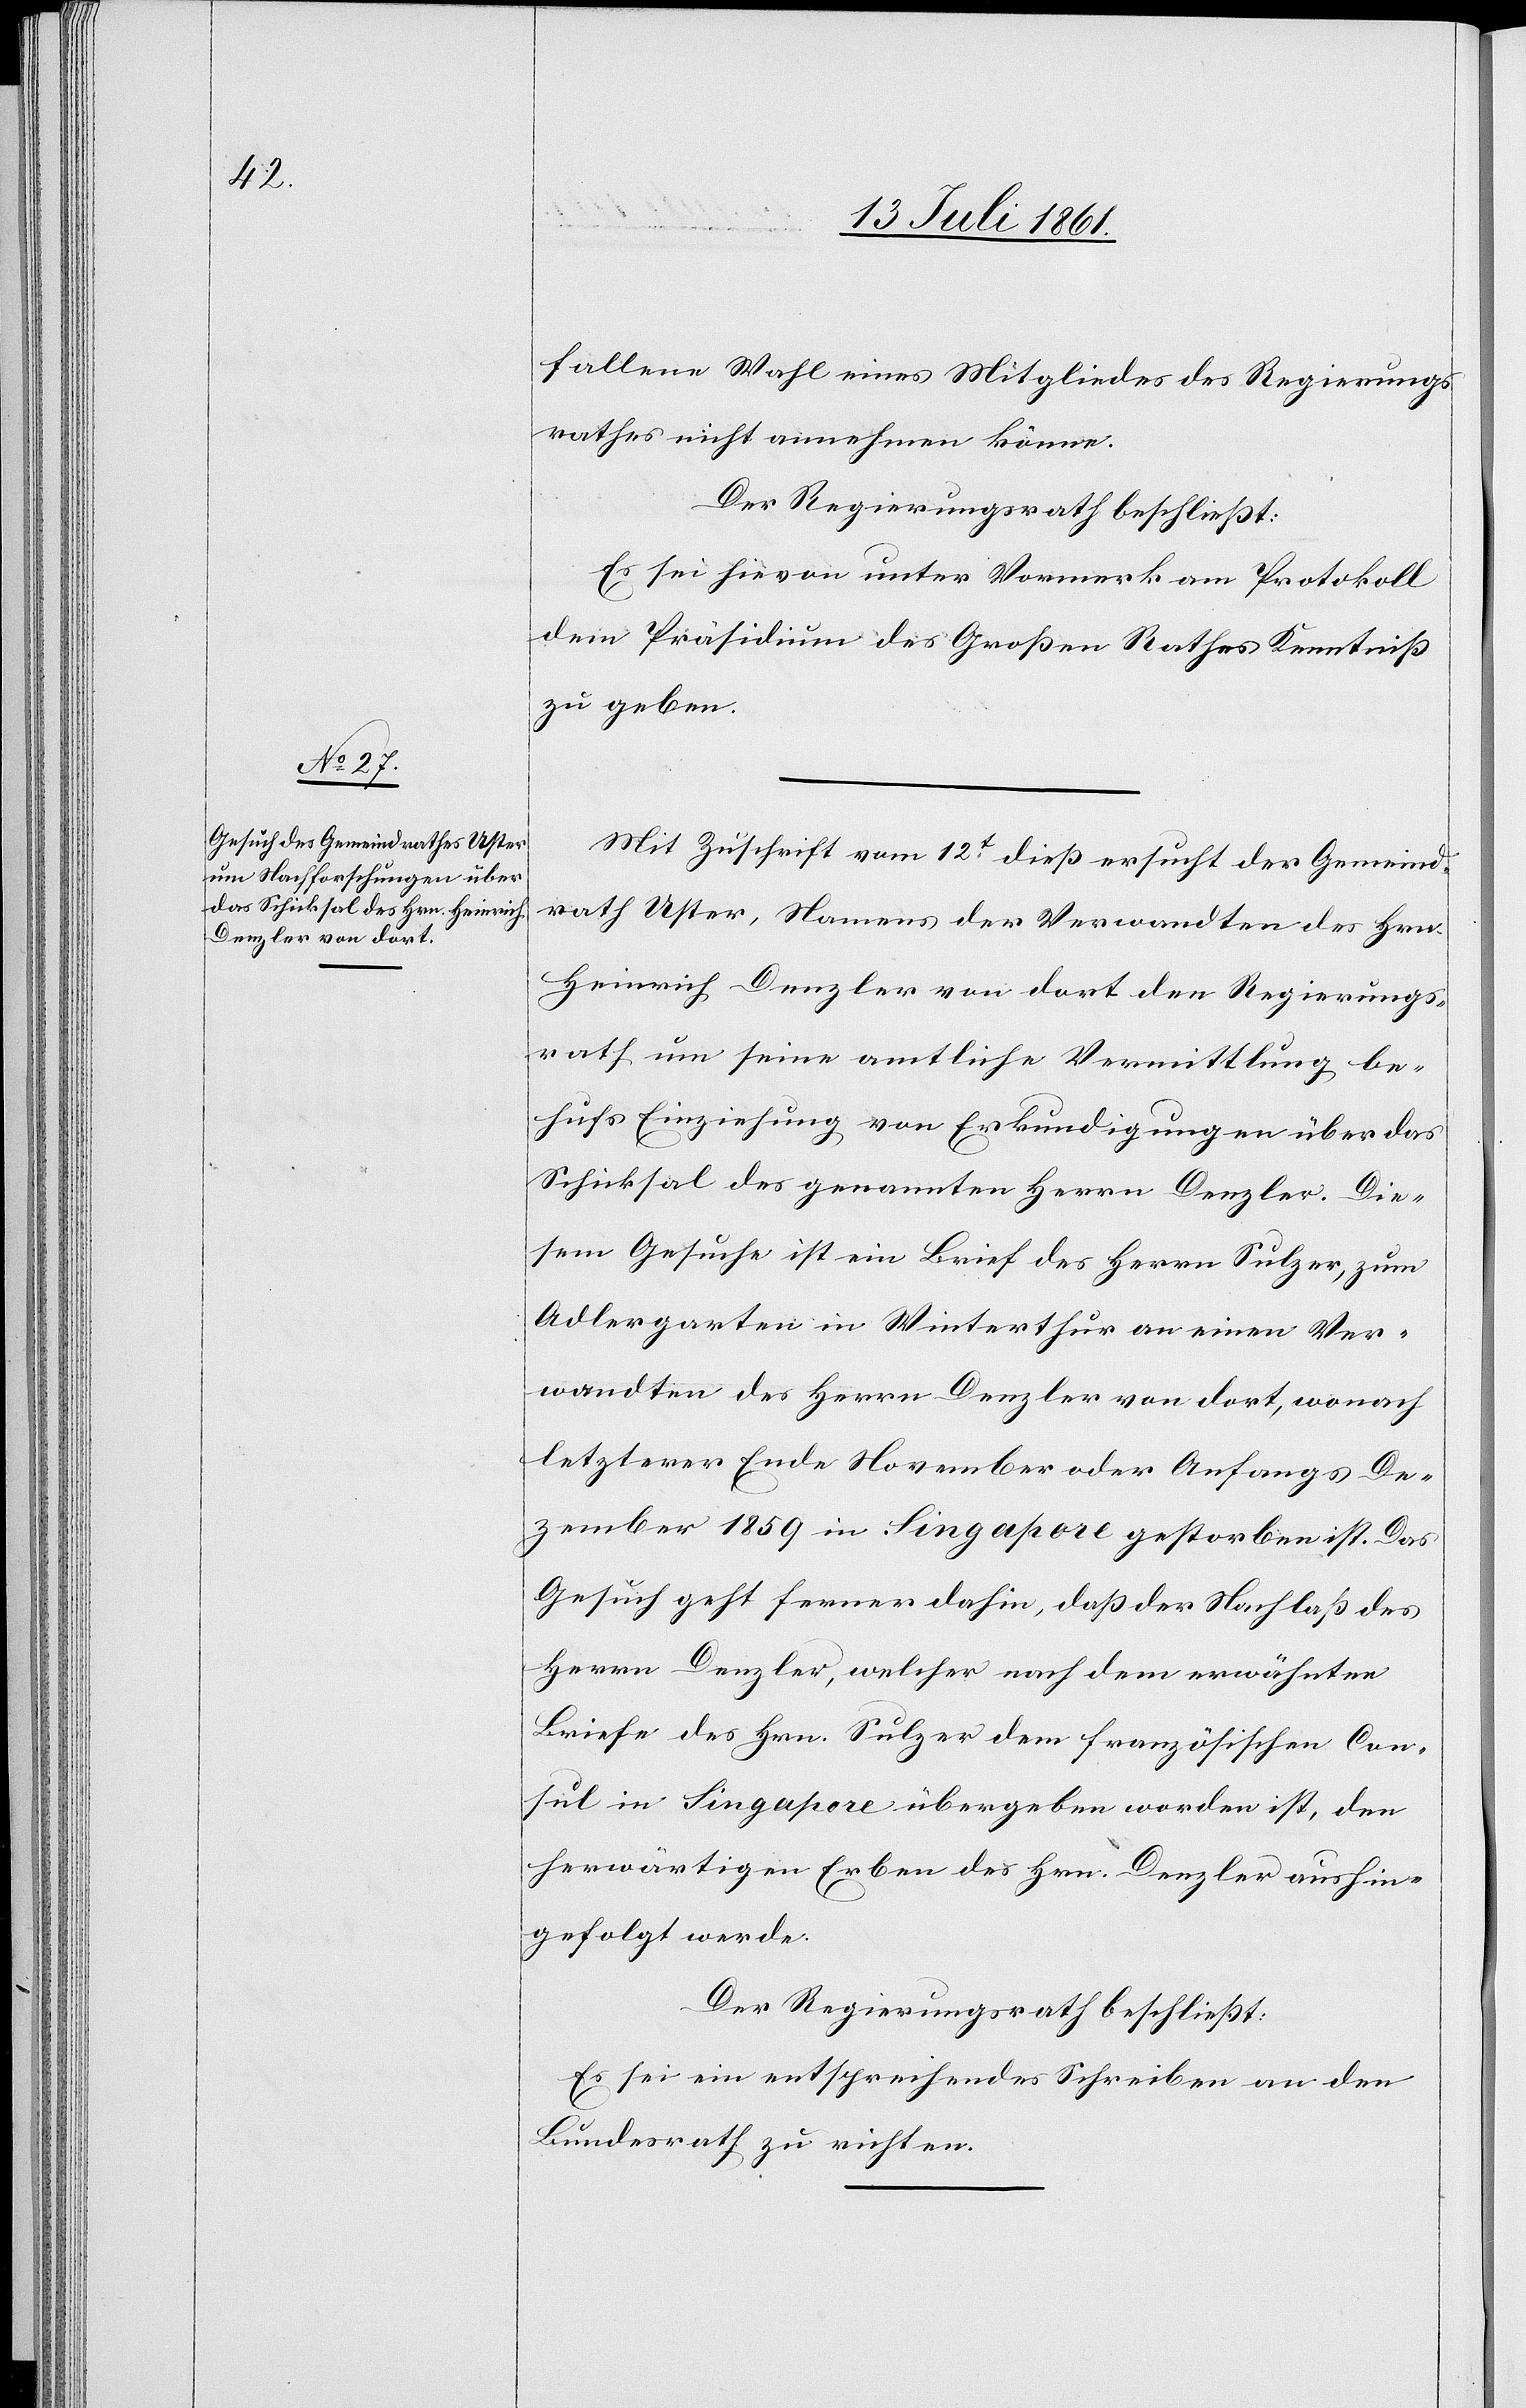
fallene Wahl eines Mitgliedes des Regierungs¬
rathes nicht annehmen könne.
Der Regierungsrath beschließt:
Es sei hievon unter Vormerk am Protokoll
dem Präsidium des Großen Rathes Kenntniß
zu geben.
Mit Zuschrift vom 12t dieß ersucht der Gemeind¬
rath Uster, Namens der Verwandten des Hrn.
Heinrich Denzler von dort den Regierungs¬
rath um seine amtliche Vermittlung be¬
hufs Einziehung von Erkundigungen über das
Schicksal des genannten Denzler. Die¬
sem Gesuche ist ein Brief des Herrn Sulzer, zum
Adlergarten in Winterthur an einen Ver¬
wandten des Herrn Denzler von dort, wonach
letzterer Ende November oder Anfangs De¬
zember 1859 in Singapore gestorben ist. Das
Gesuch geht ferner dahin, daß der Nachlaß des
Herrn Denzler, welcher nach dem erwähnten
Briefe des Hrn. Sulzer dem französischen Con¬
sul in Singapore übergeben worden ist, den
herwärtigen Erben des Hrn. Denzler aushin¬
gefolgt werde.
Der Regierungsrath beschließt:
Es sei ein entsprechendes Schreiben an den
Bundesrath zu richten.